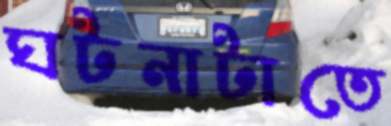
ঘটনাটাতে